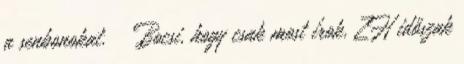
a senbonokat. Bocsi, hogy csak most írok, ZH időszak